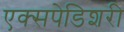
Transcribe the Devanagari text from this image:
एक्सपेडिशरी